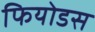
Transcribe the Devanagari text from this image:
फियोडस